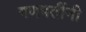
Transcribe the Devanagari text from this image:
गणपतींनी